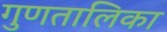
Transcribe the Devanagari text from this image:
गुणतालिका